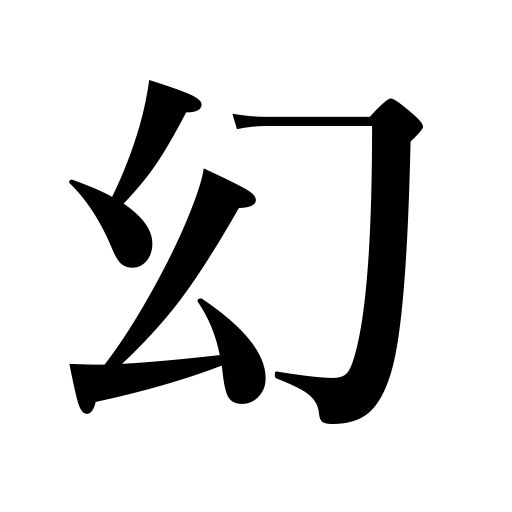
Meanings: dream,apparition,vision,illusion